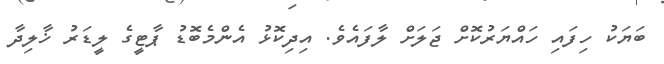
ބަޔަކު ހިފައި ހައްޔަރުކޮށް ޖަލަށް ލާފައެވެ. އިދިކޮޅު އެންމެބޮޑު ޕާޓީގެ ލީޑަރު ޚާލިދާ